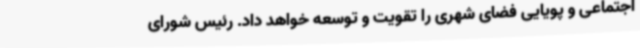
اجتماعی و پویایی فضای شهری را تقویت و توسعه خواهد داد. رئیس شورای